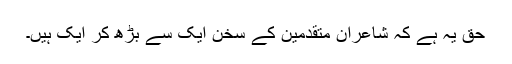
حق یہ ہے کہ شاعرانِ مُتقدّمین کے سُخن ایک سے بڑھ کر ایک ہیں۔